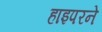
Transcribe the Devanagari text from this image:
हाइपरने